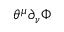
\theta ^ { \mu } \partial _ { \nu } \Phi